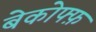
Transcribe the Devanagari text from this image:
बेकोफ्फ़